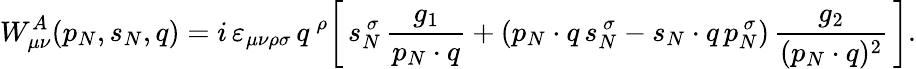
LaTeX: W_{\mu\nu}^{A}(p_{N},s_{N},q)=i\, \varepsilon_{\mu\nu\rho\sigma}\, q^{\, \rho}\bigg[\, s_{N}^{\, \sigma}\, \frac{g_{1}}{p_{N}\cdot q}+(p_{N}\cdot q\, s_{N}^{\, \sigma}-s_{N}\cdot q\, p_{N}^{\, \sigma})\, \frac{g_{2}}{(p_{N}\cdot q)^{2}}\, \bigg].